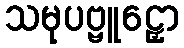
သမုပဗ္ဗူဠှော